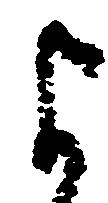
よ